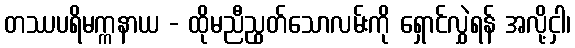
တဿပရိမက္ကနာယ - ထိုမညီညွတ်သောလမ်းကို ရှောင်လွှဲရန် အလို့ငှါ၊